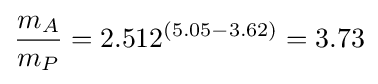
{\frac {m_{A}}{m_{P}}}=2.512^{(5.05-3.62)}=3.73